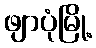
ဖျာပုံမြို့